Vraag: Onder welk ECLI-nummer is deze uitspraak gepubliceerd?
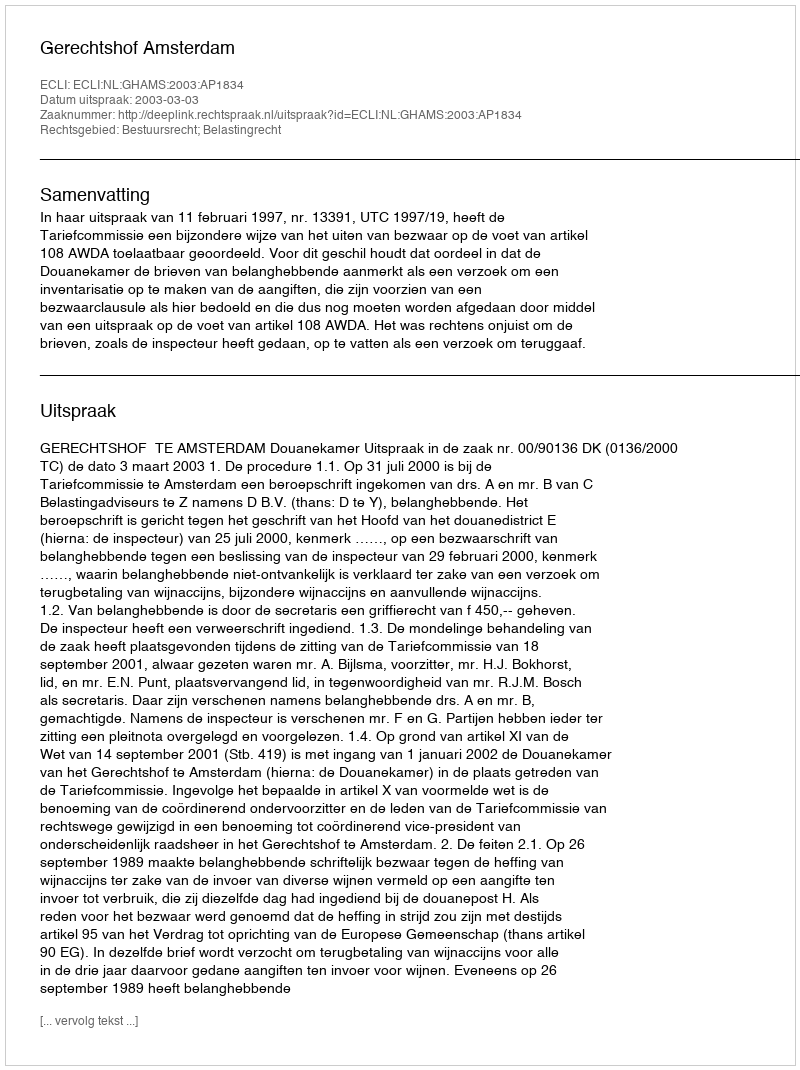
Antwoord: ECLI:NL:GHAMS:2003:AP1834